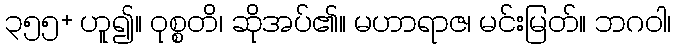
၃၅၅+ ဟူ၍။ ဝုစ္စတိ၊ ဆိုအပ်၏။ မဟာရာဇ၊ မင်းမြတ်။ ဘဂဝါ၊